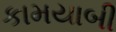
કામયાબી